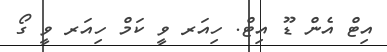
އިޓް އެން ޑޫ އިޓް. ހިއަރ ވީ ކަމް ހިއަރ ވީ ގޯ